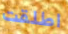
اطلقت